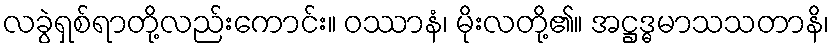
လခွဲရှစ်ရာတို့လည်းကောင်း။ ဝဿာနံ၊ မိုးလတို့၏။ အဋ္ဌဒ္ဓမာသသတာနိ၊